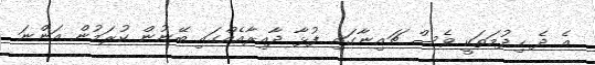
އެ ދެ ހިދުމަތަކީ ވެސް ޗައިނާގައި ފުޅާ ދާއިރާއެއްގައި ބޭނުން ކުރަމުން އަންނަ